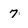
Character: 7